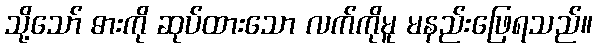
သို့သော် ဓားကို ဆုပ်ထားသော လက်ကိုမူ မနည်းဖြေရသည်။